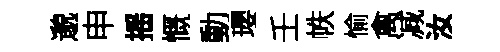
邈申摇慨動瓔壬帙愉禽减汝